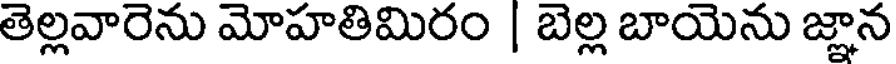
తెల్లవారెను మోహతిమిరం | బెల్ల బాయెను జ్ఞాన